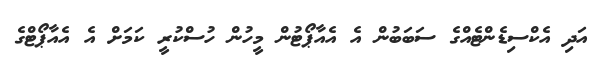
އަދި އެކްސިޑެންޓެއްގެ ސަބަބުން އެ އެއާޕޯޓުން މީހުން ހުސްކުރީ ކަމަށް އެ އެއާޕޯޓްގެ